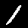
Label: 1